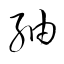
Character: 紬